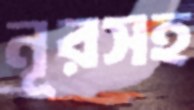
নূরসহ